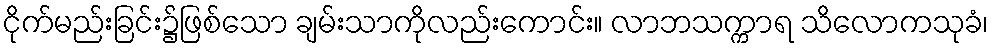
ငိုက်မည်းခြင်း၌ဖြစ်သော ချမ်းသာကိုလည်းကောင်း။ လာဘသက္ကာရ သိလောကသုခံ၊